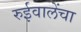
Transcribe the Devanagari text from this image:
रुईवालेंचा